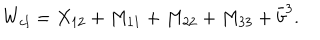
W _ { c l } = X _ { 1 2 } + M _ { 1 1 } + M _ { 2 2 } + M _ { 3 3 } + \bar { b } ^ { 3 } .